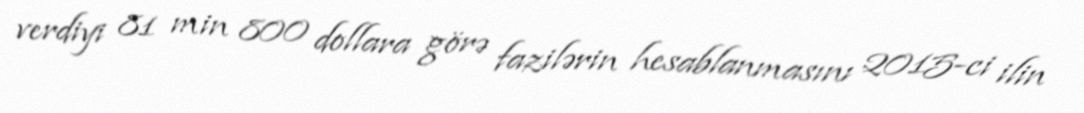
verdiyi 81 min 800 dollara görə fazilərin hesablanmasını 2015-ci ilin